Bréfritari: Sigríður Pálsdóttir
Viðtakandi: Páll Pálsson
Dagsetning: A-1870-06-10
Skrifað á: Breiðabólsstað  Rang.
Páll var bróðir Sigríðar

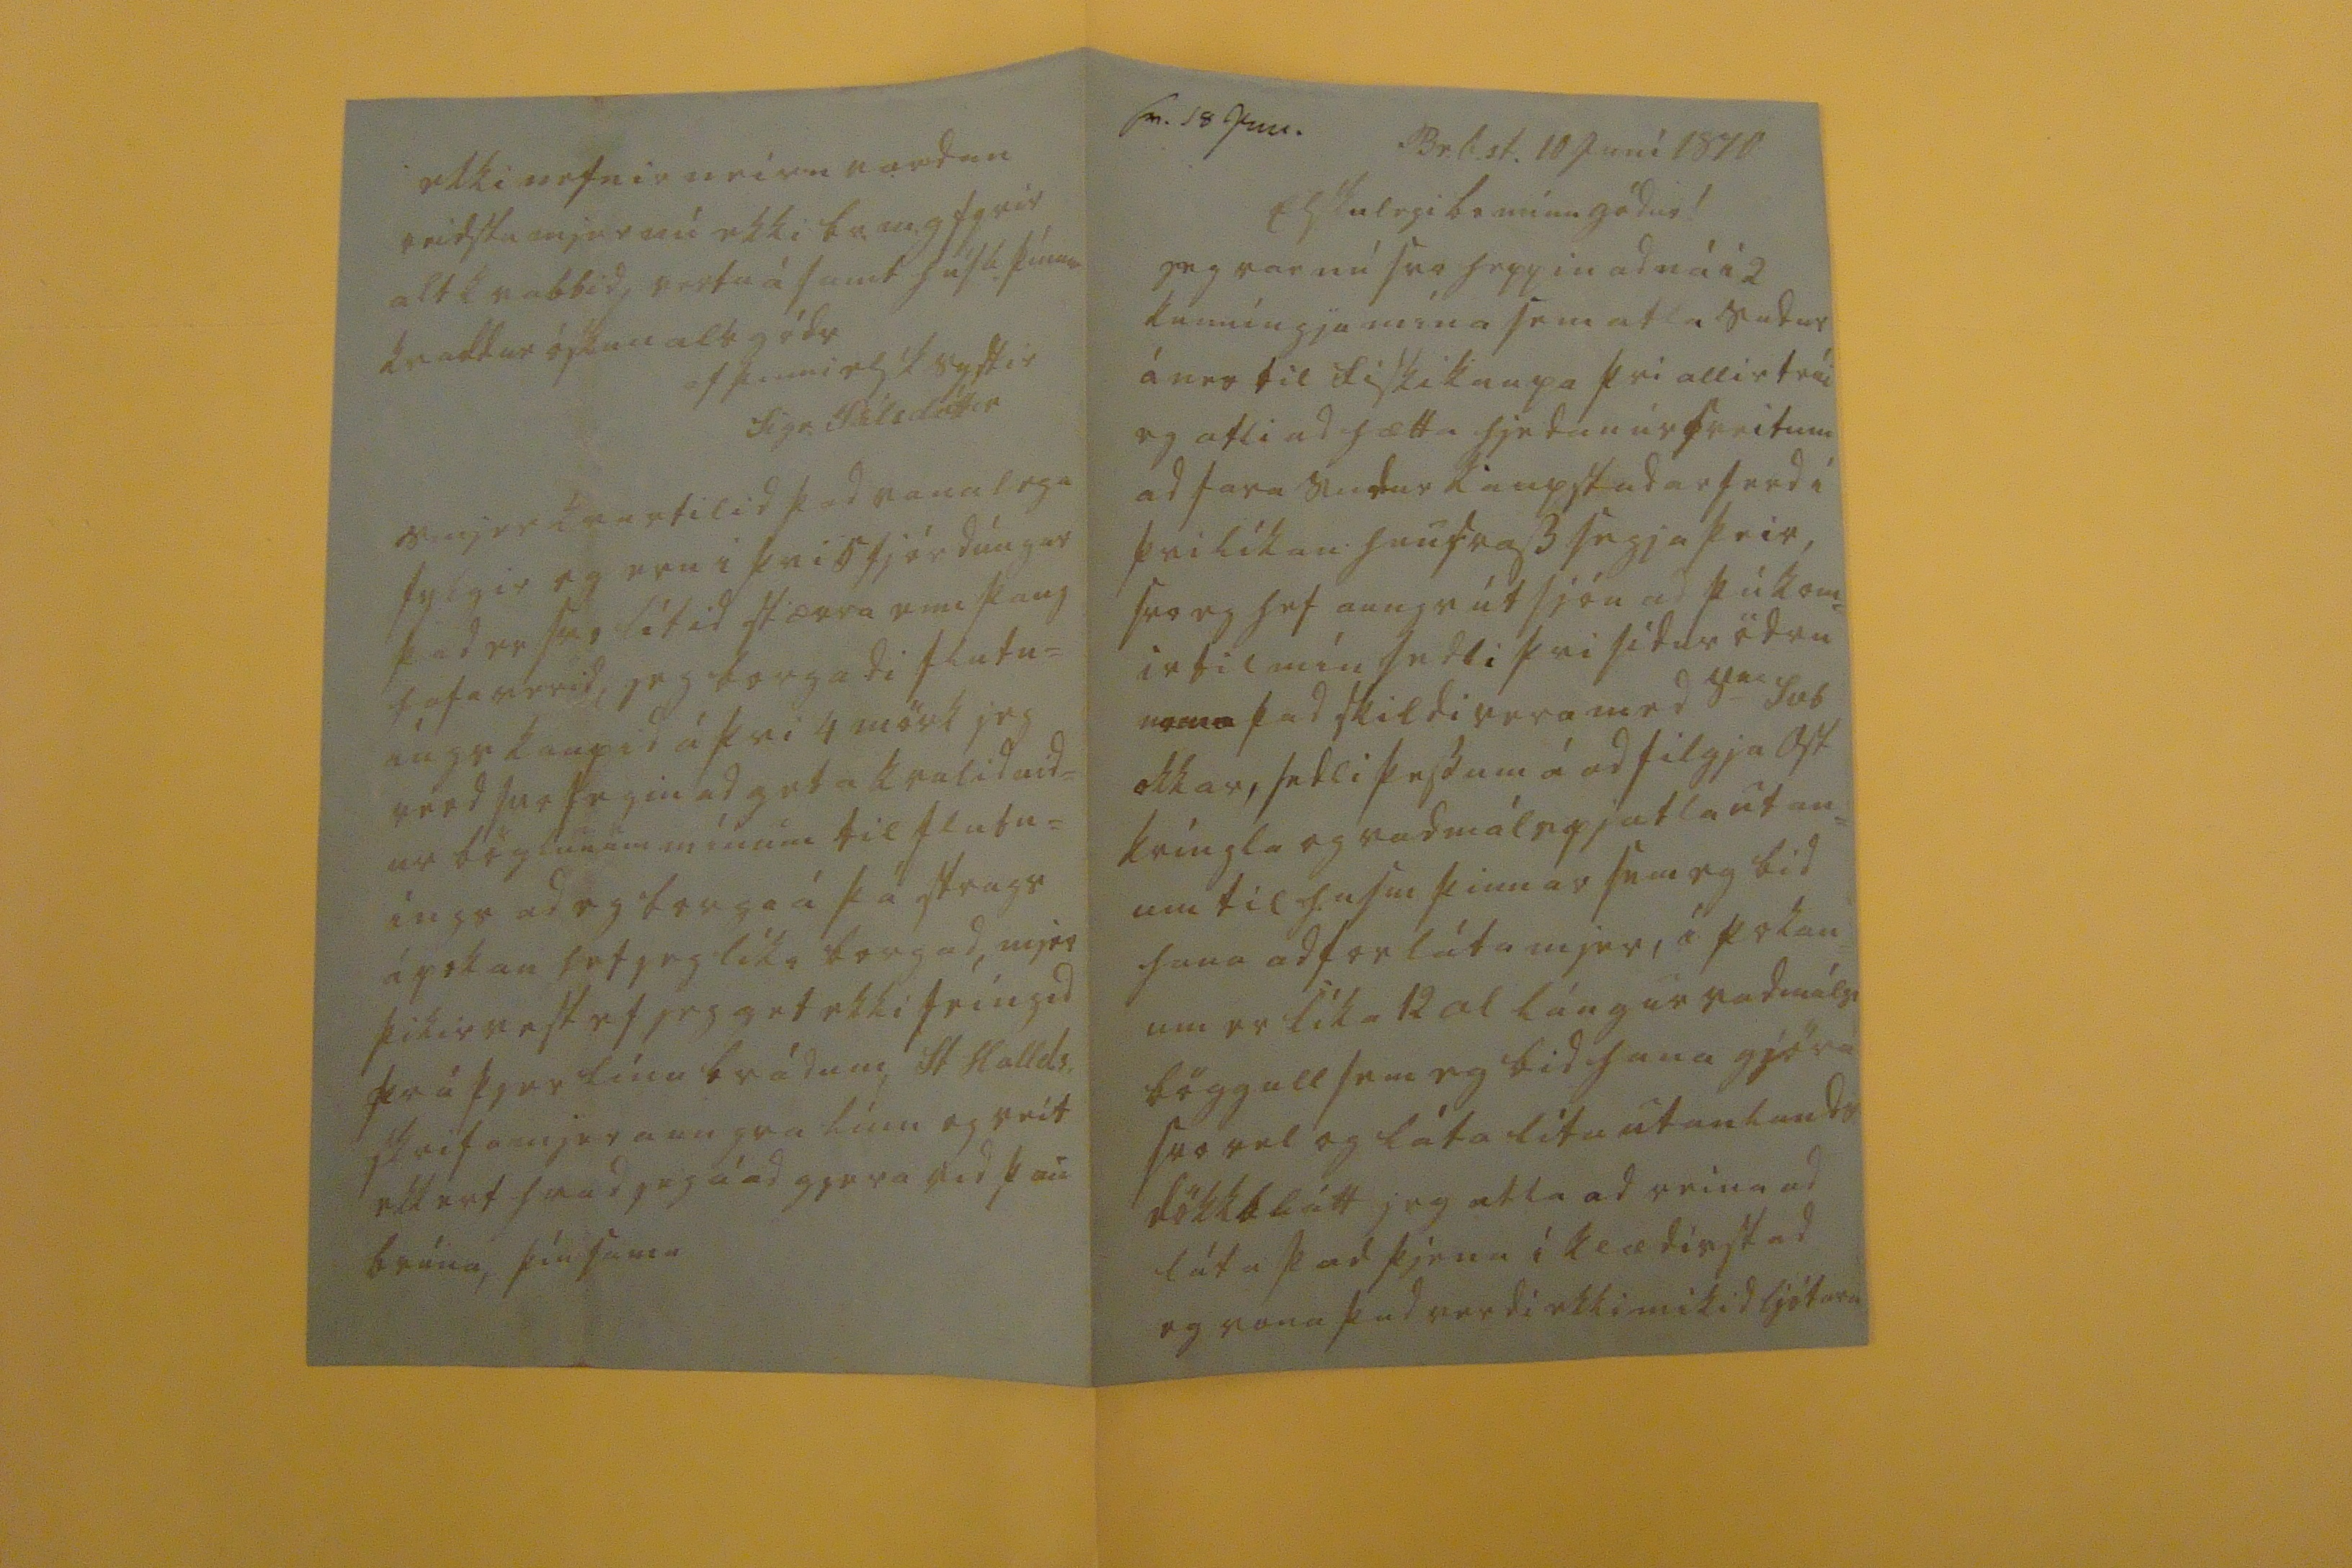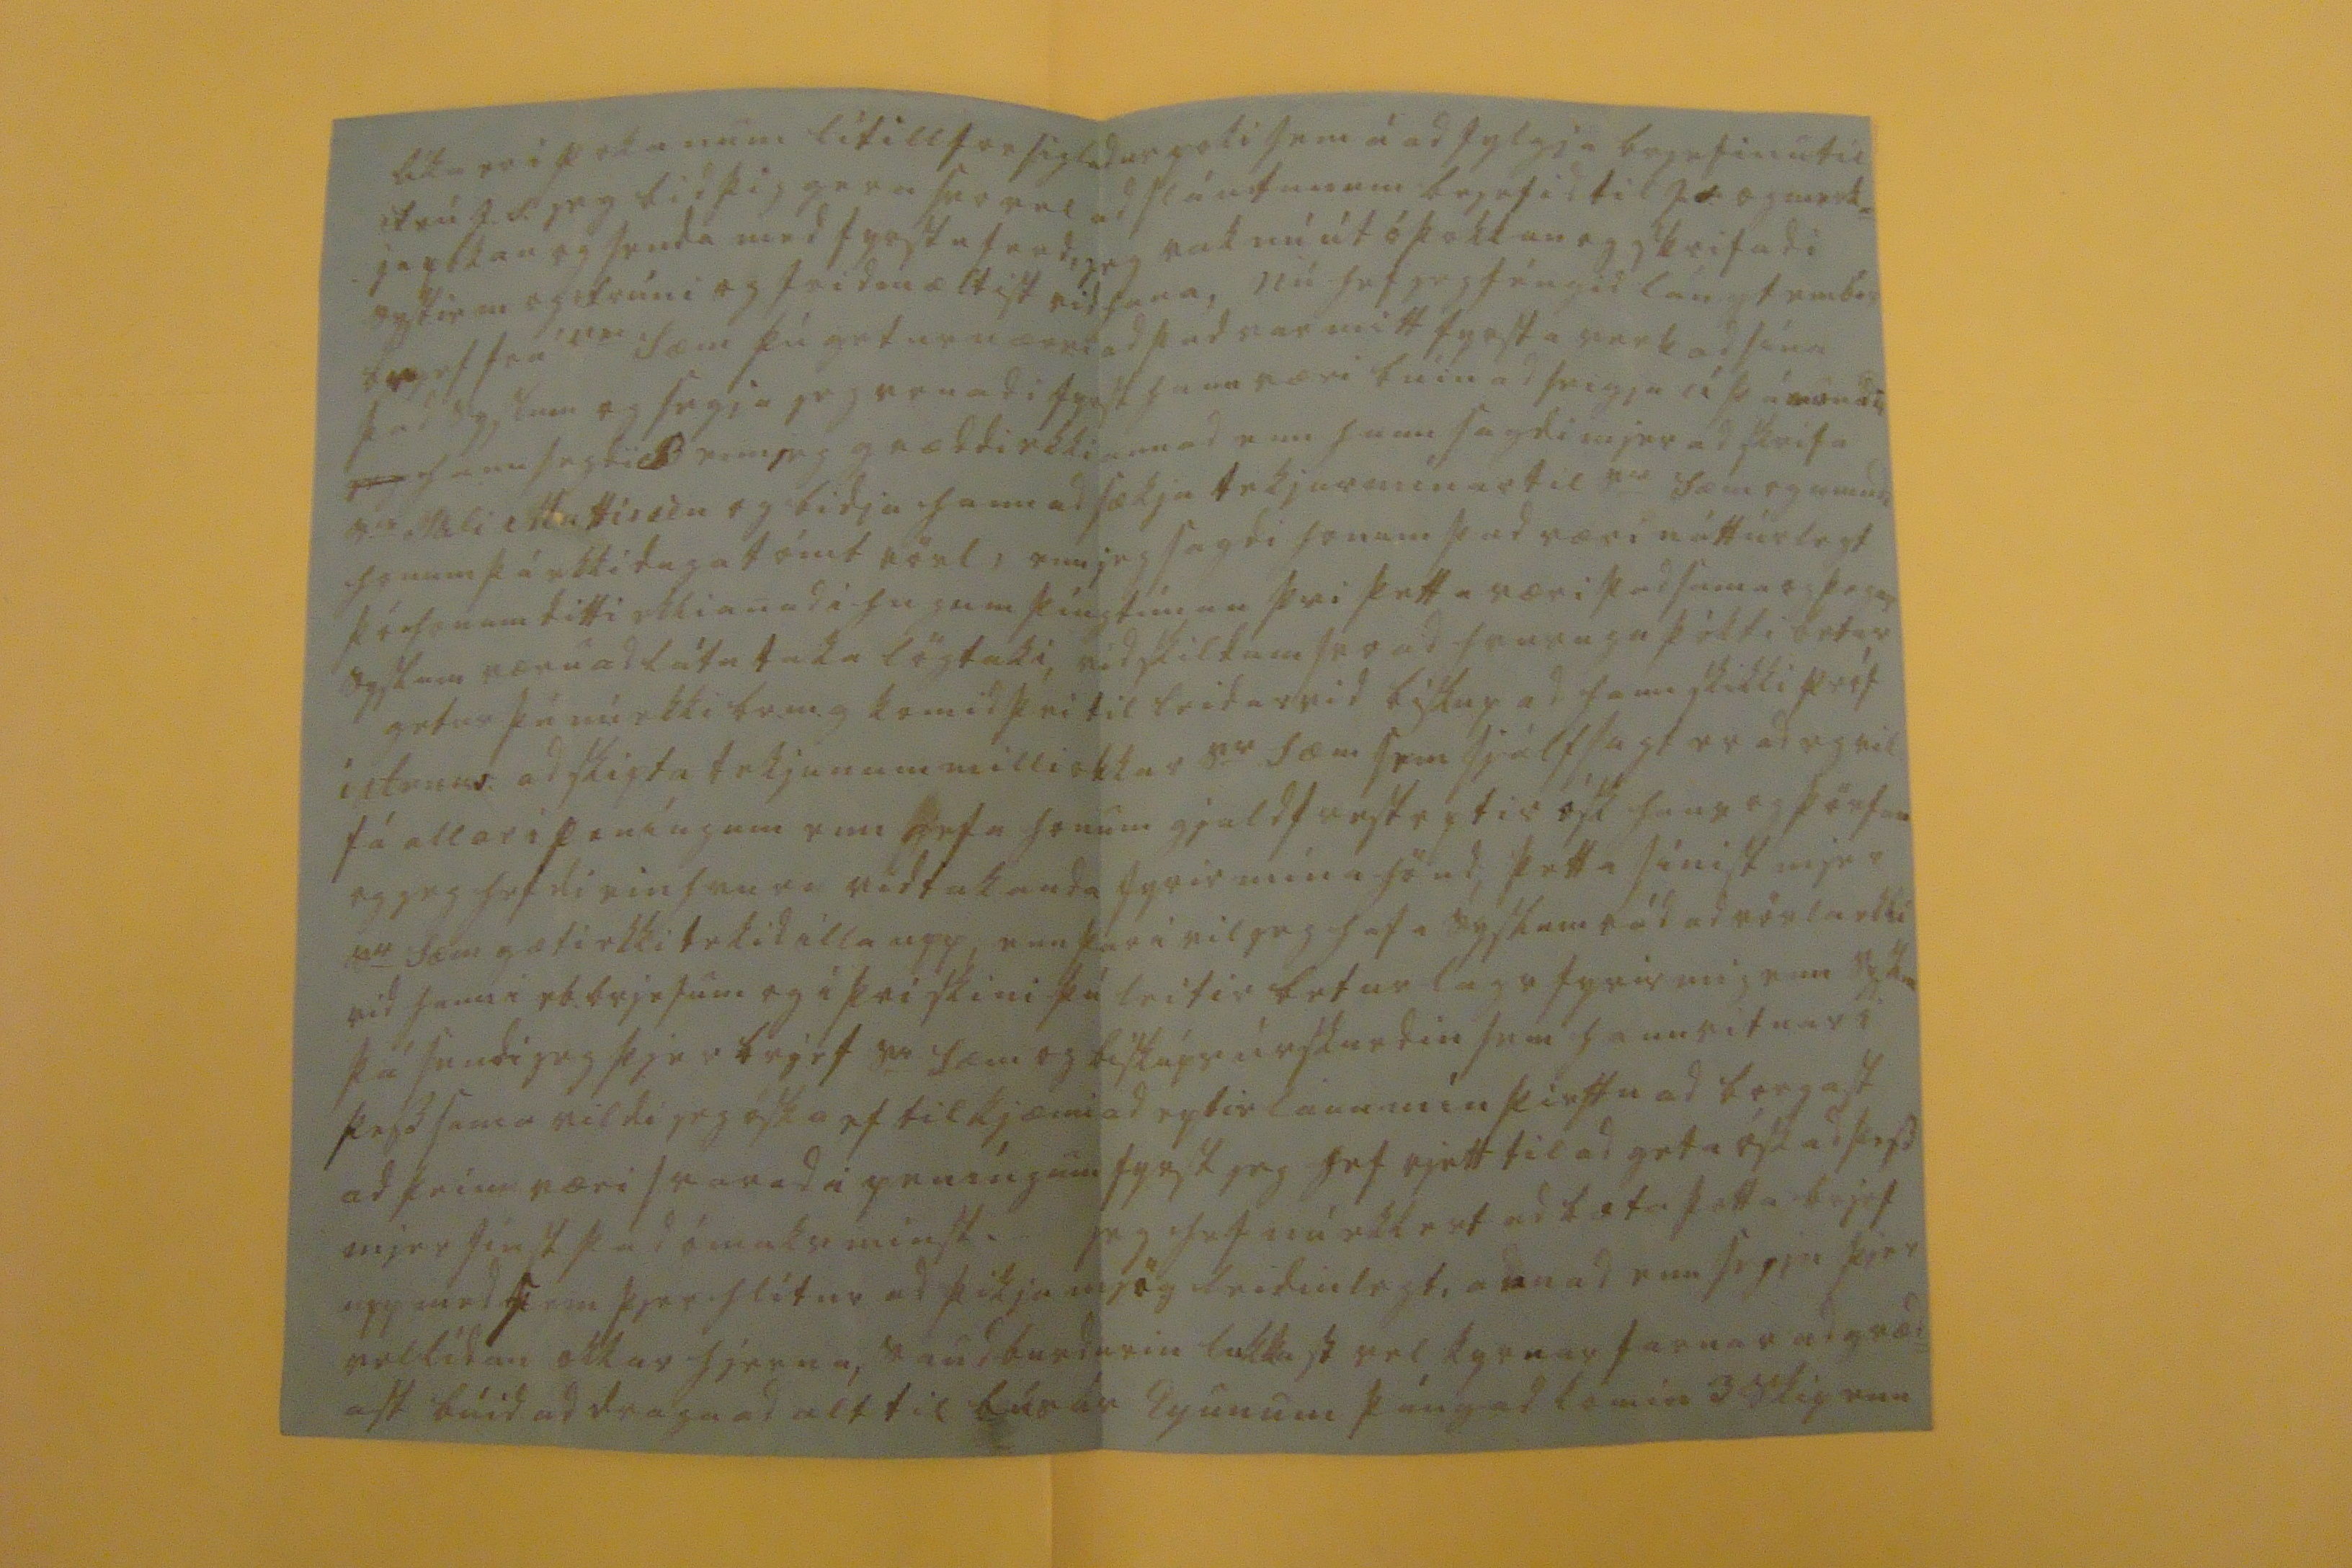

sv. 18 Juli.
Br.b.st. 10 Juní 1870
Elskulegi br minn gódur!
jeg var nú svo heppin ad ná í 2 kunníngja mína sem atla sudur á nes til fiskikaupa þvi allir trúi eg atli ad hætta hjedan úr sveitum ad fara sudur kaupstadarferd í þvi líkan hunsrass segja þeir, svo eg hef aungv útsjón ad þú kom= ir til mín sedli þvi sídur ödru nema þad skildi vera med S
er
Svb okkar, sedli þessum á ad filgja ost kríngla og vadmálspjatla utan= um til husm þinnar sem eg bid hana ad forláta mjer, á pokan= um er líka 12 al lángur vadmáls böggull sem eg bid hana gjöra svo vel og láta líta utanlands dökkblátt jeg atla ad reina ad láta þad þjena i klædisstad og vona þad verdi ekki mikid ljótara
líka er i pokanum lítill forsigladur poki sem á ad fylgja brjefinu til frú J.S. jeg bid þig gera svo vel ad slá utanum brjefid til J.S. og merk= ja pokan og senda med fyrstu ferd, jeg rak nú út óþokkan og skrifadi systir m og frúni og fridmæltist vid hana, nú hef jeg féngid lángt emb. brjef frá S
er
Sæm þú getur nærri ad þad var mitt fyrsta verk ad sína þad syslum og segja jeg vonadi fyrst hann væri búin ad seigja á þá mundi
jeg
hann sagdi
B
enn jeg græddi ekki annad enn hann sagdi mjer ad skrifa S
ir
Páli Mattíssen og bidja hann ad sækja tekjur mínar til S
er
Sæm og mundi honum þá ekki duga tómt rövl, enn jeg sagdi honum þad væri náttúrlegt þó honum ditti ekki anad i hug um þíngtíman þvi þetta væri þad sama og þegar syslum væru ad láta taka lögtaki, vid skildum svo ad hvurugu þókti betur getur þú nú ekki br.m.g komid þvi til leidar vid biskup ad hann skikki próf í Arn
0v:
ad skipta tekjunum milli okkar S
r
Sæm sem sjálfsagt er ad eg vil fá allar i peníngum enn gefa honum gjaldfrest eptir ósk hans og þörfum og jeg hefdi einhvurn vidtakanda fyrir mína hönd, þetta sínist mjer S
0
Sæm gæti ekki tekid illa upp, enn þar i vil jeg hafa syslum rád ad rövla ekki vid hann i rb. brjefum og i þvi skini þú leitir betur lags fyrir mig enn syslum þá sendi jeg þjer brjef S
r
Sæm og biskúps úrskurdin sem hann vitnar i þess sama vildi jeg óska ef til kjæmi ad eptirlaun mín þirftu ad borgast ad þeim væri svarad i peníngum fyrst jeg hef rjett til ad geta óskad þess mjer finst þad ómaks minst. jeg hef nú ekkert ad bæta þetta brjef upp med sem þjer hlítur ad þikja mjög leidinlegt, annad en segja þjer vellídan okkar hjerna, saudburdurin lukkast vel kyrnar farnar ad græd= ast búid ad draga ad alt til bús ár Eyunum þángad komin 3 skip enn
ekki nefnir meira vardan reidstu mjer nú ekki br.m.g fyrir alt kvabbid, vertu ásamt húsb. þínum kvaddur óskum als góds
af þinni elsk systir
Sigr. Pálsdóttir
smjer kvartilid þad vanalega fylgir og eru i þvi 5 fjórdúngar þad er svo lítid stærra enn þaug hafa verid, jeg borgadi flutn= íngskaupid á þvi 4 mörk jeg verd svo fegin ad geta kvalid nid= ur böglunum mínum til flutn= íngs ad eg borga á þá strags á pokan hef jeg líka borgad, mjer þikir vest ef jeg get ekki feíngid frá þjer línu brádum, St Hallds. skrifa mjer aungva línu og veit ekkert hvad jeg á ad gjera vid þan brúna, þín sama